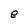
Character: e